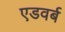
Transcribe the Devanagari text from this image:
एडवर्ब